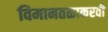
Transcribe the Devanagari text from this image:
विमानतळाकरवी